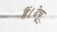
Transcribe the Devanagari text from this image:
हैं।देचू